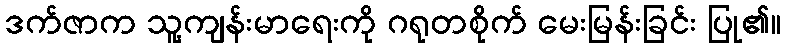
ဒက်ဇာက သူ့ကျန်းမာရေးကို ဂရုတစိုက် မေးမြန်းခြင်း ပြု၏။